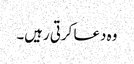
وہ دعا کرتی رہیں۔